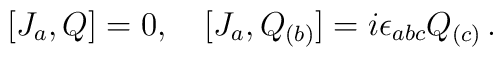
[J_a, Q]=0,\ \ \ [J_a, Q_{(b)}]=i\epsilon_{abc}Q_{(c)}\,.